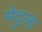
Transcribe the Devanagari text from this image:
मेदुला